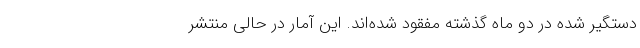
دستگیر شده در دو ماه گذشته مفقود شده‌اند. این آمار در حالی منتشر